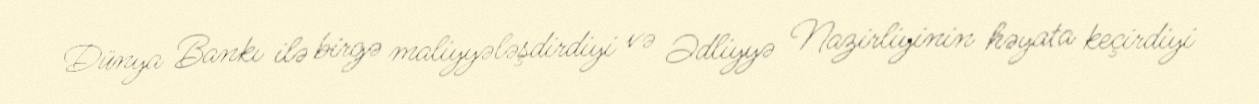
Dünya Bankı ilə birgə maliyyələşdirdiyi və Ədliyyə Nazirliyinin həyata keçirdiyi